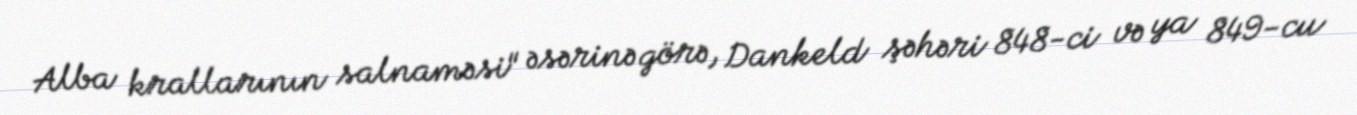
Alba krallarının salnaməsi" əsərinə görə, Dankeld şəhəri 848-ci və ya 849-cu